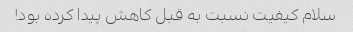
سلام کیفیت نسبت به قبل کاهش پیدا کرده بود!